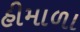
હીમાળા